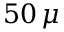
5 0 \, \mu